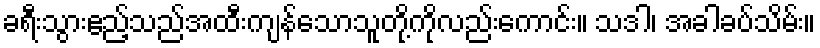
ခရီးသွားဧည့်သည်အထီးကျန်သောသူတို့ကိုလည်းကောင်း။ သဒါ၊ အခါခပ်သိမ်း။